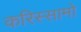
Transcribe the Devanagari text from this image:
करिस्सामो